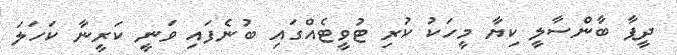
ދީޕާ ބާންސާލީ ކިޔާ މީހަކު ކުރި ޓުވީޓެއްގައި ބުނެފައި ވަނީ ކަރީނާ ކަހަލަ